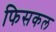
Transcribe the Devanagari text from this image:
फिसकल